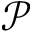
\mathcal { P }